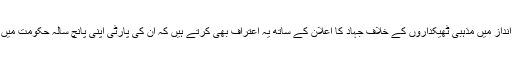
بلاول صاحب اپنے سیکولر زبان و انداز میں مذہبی ٹھیکداروں کے خلاف جہاد کا اعلان کے ساتھ یہ اعتراف بھی کرتے ہیں کہ ان کی پارٹی اپنی پانچ سالہ حکومت میں دہشت گردی کو ختم نہیں کر سکی۔